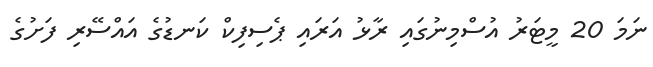
ނަމަ 20 މީޓަރު އުސްމިނުގައި ރާޅު އަރައި ޕެސިފިކް ކަނޑުގެ އައްސޭރި ފަށުގެ